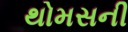
થોમસની